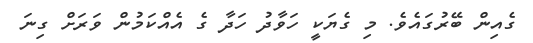
ގެއިން ބޭރުގައެވެ. މި ގެޔަކީ ހަވާދު ހަދާ ގެ އެއްކަމުން ވަރަށް ގިނަ